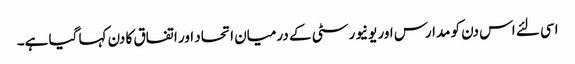
اسی لئے اس دن کو مدارس اور یونیورسٹی کے درمیان اتحاد اور اتفاق کا دن کہا گیا ہے۔